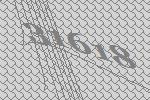
31618